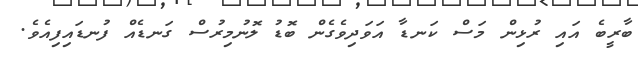
ބާރީބެ އައި ރުޅިން މަސް ކަނޑާ އަވަދިވެގެން ބޮޑު ލޮނުމިރުސް ގަނޑެއް ފުނޑައިފިއެވެ.